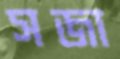
সজা